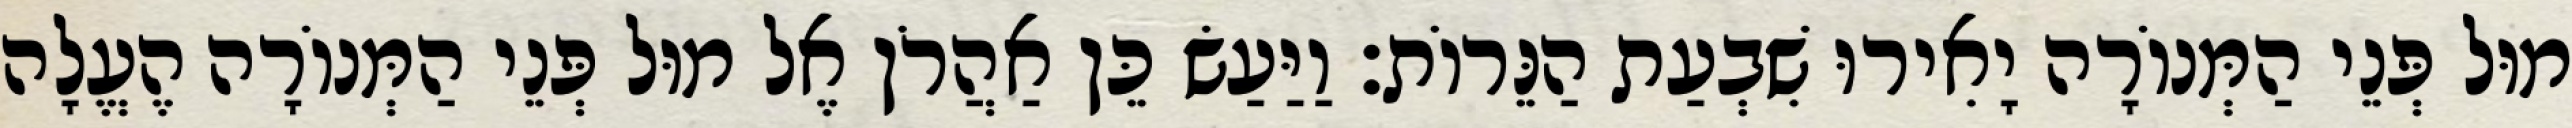
מוּל פְּנֵי הַמְּנוֹרָה יָאִירוּ שִׁבְעַת הַנֵּרוֹת׃ וַיַּעַשׂ כֵּן אַהֲרֹן אֶל מוּל פְּנֵי הַמְּנוֹרָה הֶעֱלָה